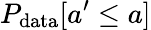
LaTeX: P_{\mathrm{data}}[a^{\prime}\leq a]